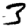
Digit: 3